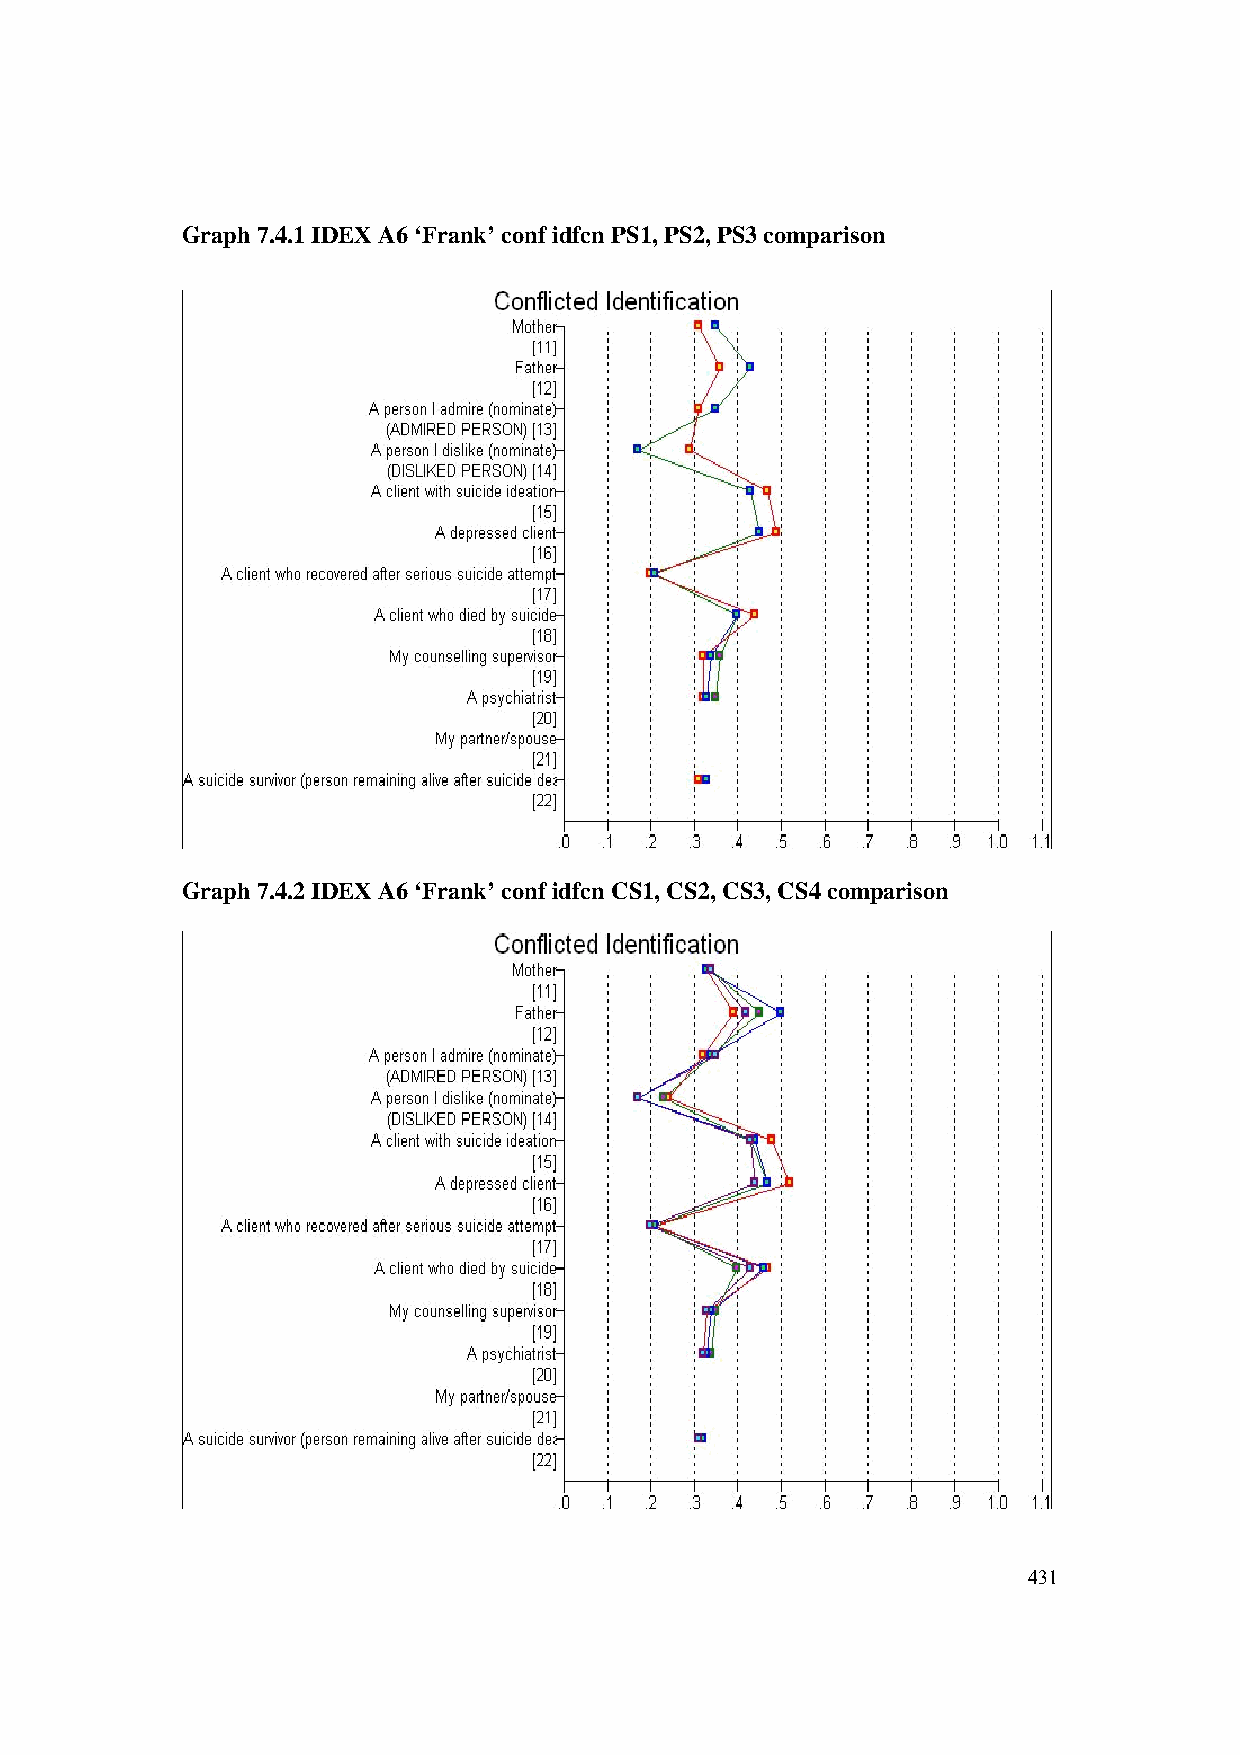
Graph 7.4.1 IDEX A6 ‘Frank’ conf idfcn PS1, PS2, PS3 comparison
 Graph 7.4.2 IDEX A6 ‘Frank’ conf idfcn CS1, CS2, CS3, CS4 comparison
 431